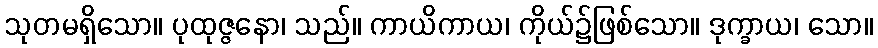
သုတမရှိသော။ ပုထုဇ္ဇနော၊ သည်။ ကာယိကာယ၊ ကိုယ်၌ဖြစ်သော။ ဒုက္ခာယ၊ သော။